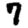
Digit: 7